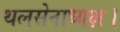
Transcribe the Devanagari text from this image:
थलसेनाध्यक्ष।